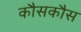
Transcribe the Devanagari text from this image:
कौसकौस